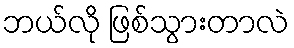
ဘယ်လို ဖြစ်သွားတာလဲ